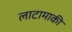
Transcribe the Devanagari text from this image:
लाटामाकी